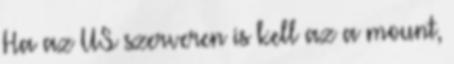
Ha az US szerveren is kell az a mount,